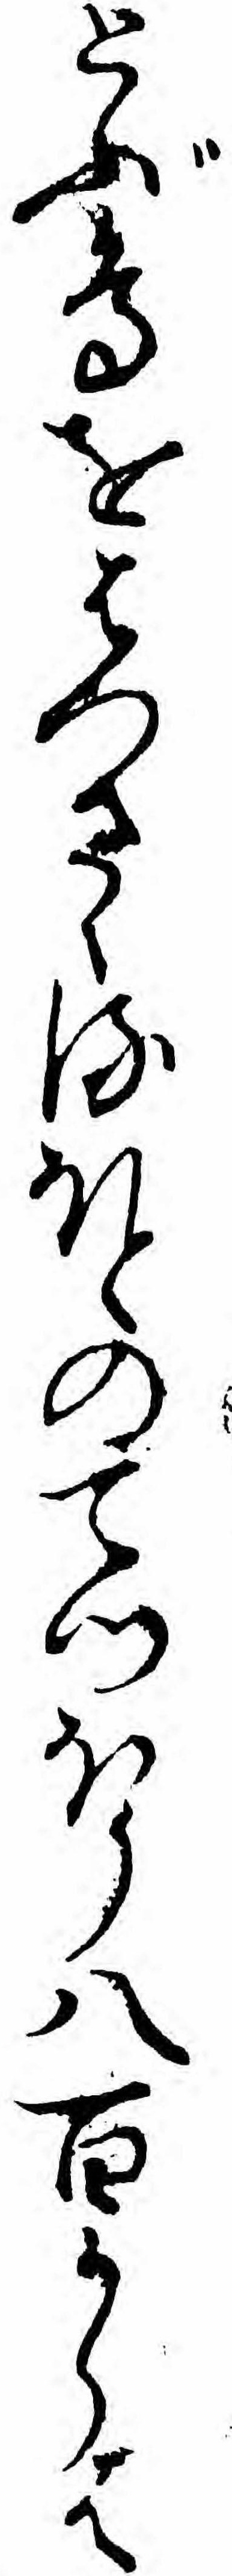
とぶ鳥をはつさゝるほとのてつほう八百かうは